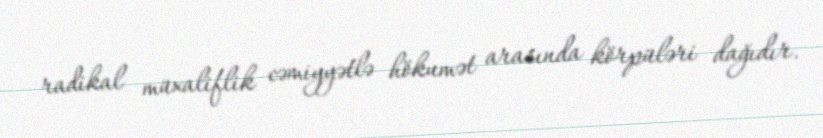
radikal müxaliflik cəmiyyətlə hökumət arasında körpüləri dağıdır.